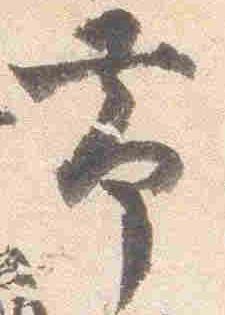
帯